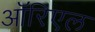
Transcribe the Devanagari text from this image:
ऑरिएल